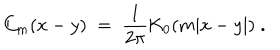
C _ { m } ( x - y ) \; = \; \frac { 1 } { 2 \pi } \mathrm { K } _ { 0 } ( m | x - y | ) \; .